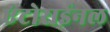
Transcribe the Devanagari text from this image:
एंटोराईनल